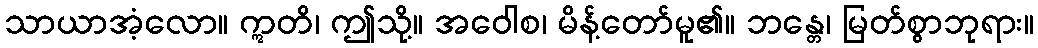
သာယာအံ့လော။ ဣတိ၊ ဤသို့။ အဝေါစ၊ မိန့်တော်မူ၏။ ဘန္တေ၊ မြတ်စွာဘုရား။